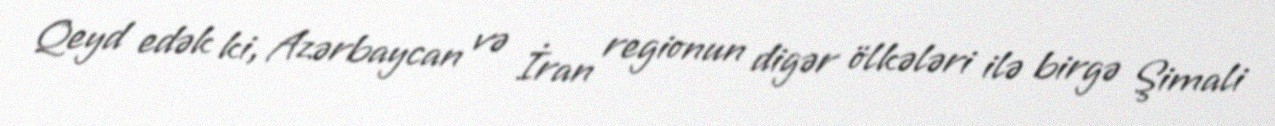
Qeyd edək ki, Azərbaycan və İran regionun digər ölkələri ilə birgə Şimali